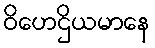
ဝိဟေဌိယမာနေ